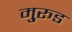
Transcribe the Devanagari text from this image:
मु्रूड